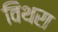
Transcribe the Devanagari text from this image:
विथरा